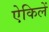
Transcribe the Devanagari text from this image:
ऐकिलें